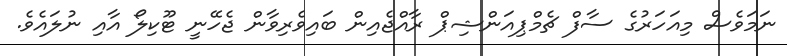
ނަމަވެސް މިއަހަރުގެ ސާފް ޗެމްޕިއަންޝިޕް ރާއްޖެއިން ބައިވެރިވާން ޖެހޭނީ ޓޫކިލޯ އާއި ނުލައެވެ.